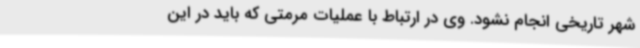
شهر تاریخی انجام نشود. وی در ارتباط با عملیات مرمتی که باید در این